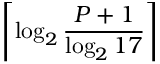
\left\lceil \log _ { 2 } { \frac { P + 1 } { \log _ { 2 } 1 7 } } \right\rceil